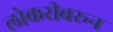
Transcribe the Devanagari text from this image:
लोकरीवरून